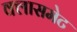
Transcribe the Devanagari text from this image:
क्लासमेट